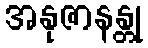
အနုဇာနန္တု